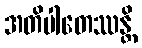
အတိပါတေဿန္တိ